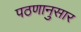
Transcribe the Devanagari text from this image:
पठणानुसार